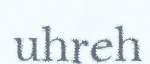
uhreh